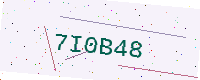
Text: 7I0B48